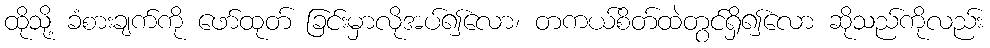
ထိုသို့ ခံစားချက်ကို ဖော်ထုတ် ခြင်းမှာလိုအပ်၍လော၊ တကယ်စိတ်ထဲတွင်ရှိ၍လော ဆိုသည်ကိုလည်း